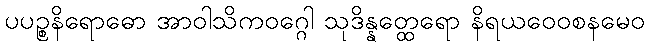
ပပဉ္စနိရောဓော အာဝါသိကဝဂ္ဂေါ သုဒိန္နတ္ထေရော နိရယဝေဝစနမေဝ